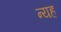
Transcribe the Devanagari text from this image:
न्यह